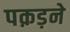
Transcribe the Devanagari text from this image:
पक़ड़ने